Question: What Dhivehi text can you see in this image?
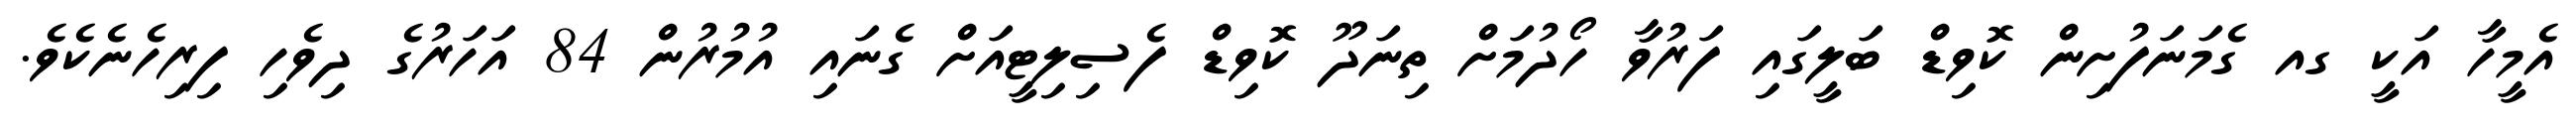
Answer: އެމީހާ އަކީ ގއ ގެމަނަފުށިން ކޮވިޑް ބަލީގައި ފަރުވާ ހޯދުމަށް ތިނަދޫ ކޮވިޑް ފެސިލިޓީއަށް ގެނައި އުމުރުން 84 އަހަރުގެ ދިވެހި ފިރިހެނެކެވެ.